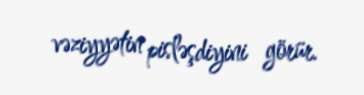
vəziyyətin pisləşdiyini görür.